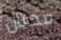
محتال